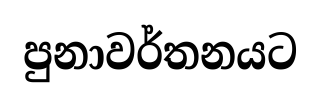
පුනාවර්තනයට